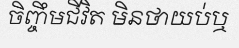
ចិញ្ចឹមជីវិត មិនថាយប់ឬ